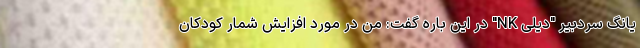
یانگ سردبیر "دیلی NK" در این باره گفت: من در مورد افزایش شمار کودکان